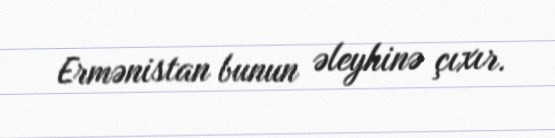
Ermənistan bunun əleyhinə çıxır.